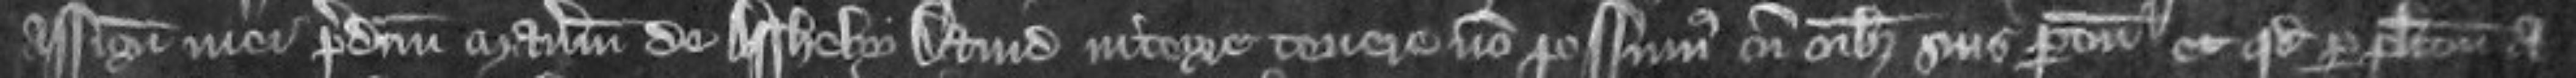
assignati mei predictum manerium de Assheby David integre tenere non possumus cum omnibus suis pertinenciis et quod per placitum a